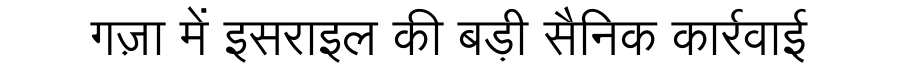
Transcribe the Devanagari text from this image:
गज़ा में इसराइल की बड़ी सैनिक कार्रवाई